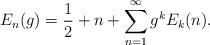
LaTeX: \begin{align*}E_{n}(g)=\frac{1}{2}+n+\sum _{n=1}^{\infty }g^{k}E_{k}(n).\end{align*}